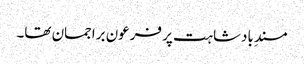
مسندِ بادشاہت پر فرعون براجمان تھا۔